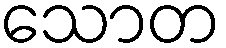
သောတ